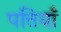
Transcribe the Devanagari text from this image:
पत्तियॉँ